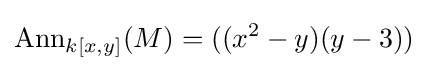
{\text{Ann}}_{k[x,y]}(M)=((x^{2}-y)(y-3))